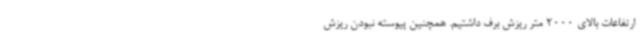
ارتفاعات بالای 2000 متر ریزش برف داشتیم. همچنین پیوسته نبودن ریزش